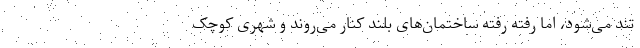
تند می‌شود، اما رفته رفته ساختمان‌های بلند کنار می‌روند و شهری کوچک